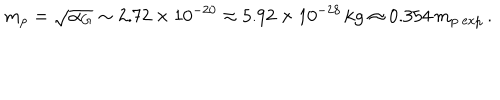
LaTeX: m _ { p } = \sqrt { \alpha _ { G } } \sim 2 . 7 2 \times 1 0 ^ { - 2 0 } \approx 5 . 9 2 \times 1 0 ^ { - 2 8 } \, \mathrm { k g } \approx 0 . 3 5 4 \, m _ { p \ \mathrm { e x p } } \, .